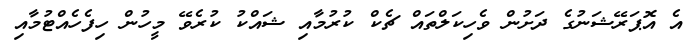
އެ އޮޕަރޭޝަނުގެ ދަށުން ވެހިކަލްތައް ޗެކް ކުރުމާއި ޝައްކު ކުރެވޭ މީހުން ހިފެހެއްޓުމާއި